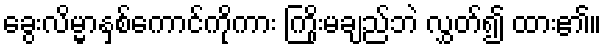
ခွေးလိမ္မာနှစ်ကောင်ကိုကား ကြိုးမချည်ဘဲ လွှတ်၍ ထား၏။